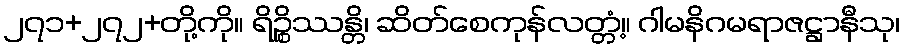
၂၇၁+၂၇၂+တို့ကို။ ရိဉ္စိဿန္တိ၊ ဆိတ်စေကုန်လတ္တံ့။ ဂါမနိဂမရာဇဋ္ဌာနီသု၊